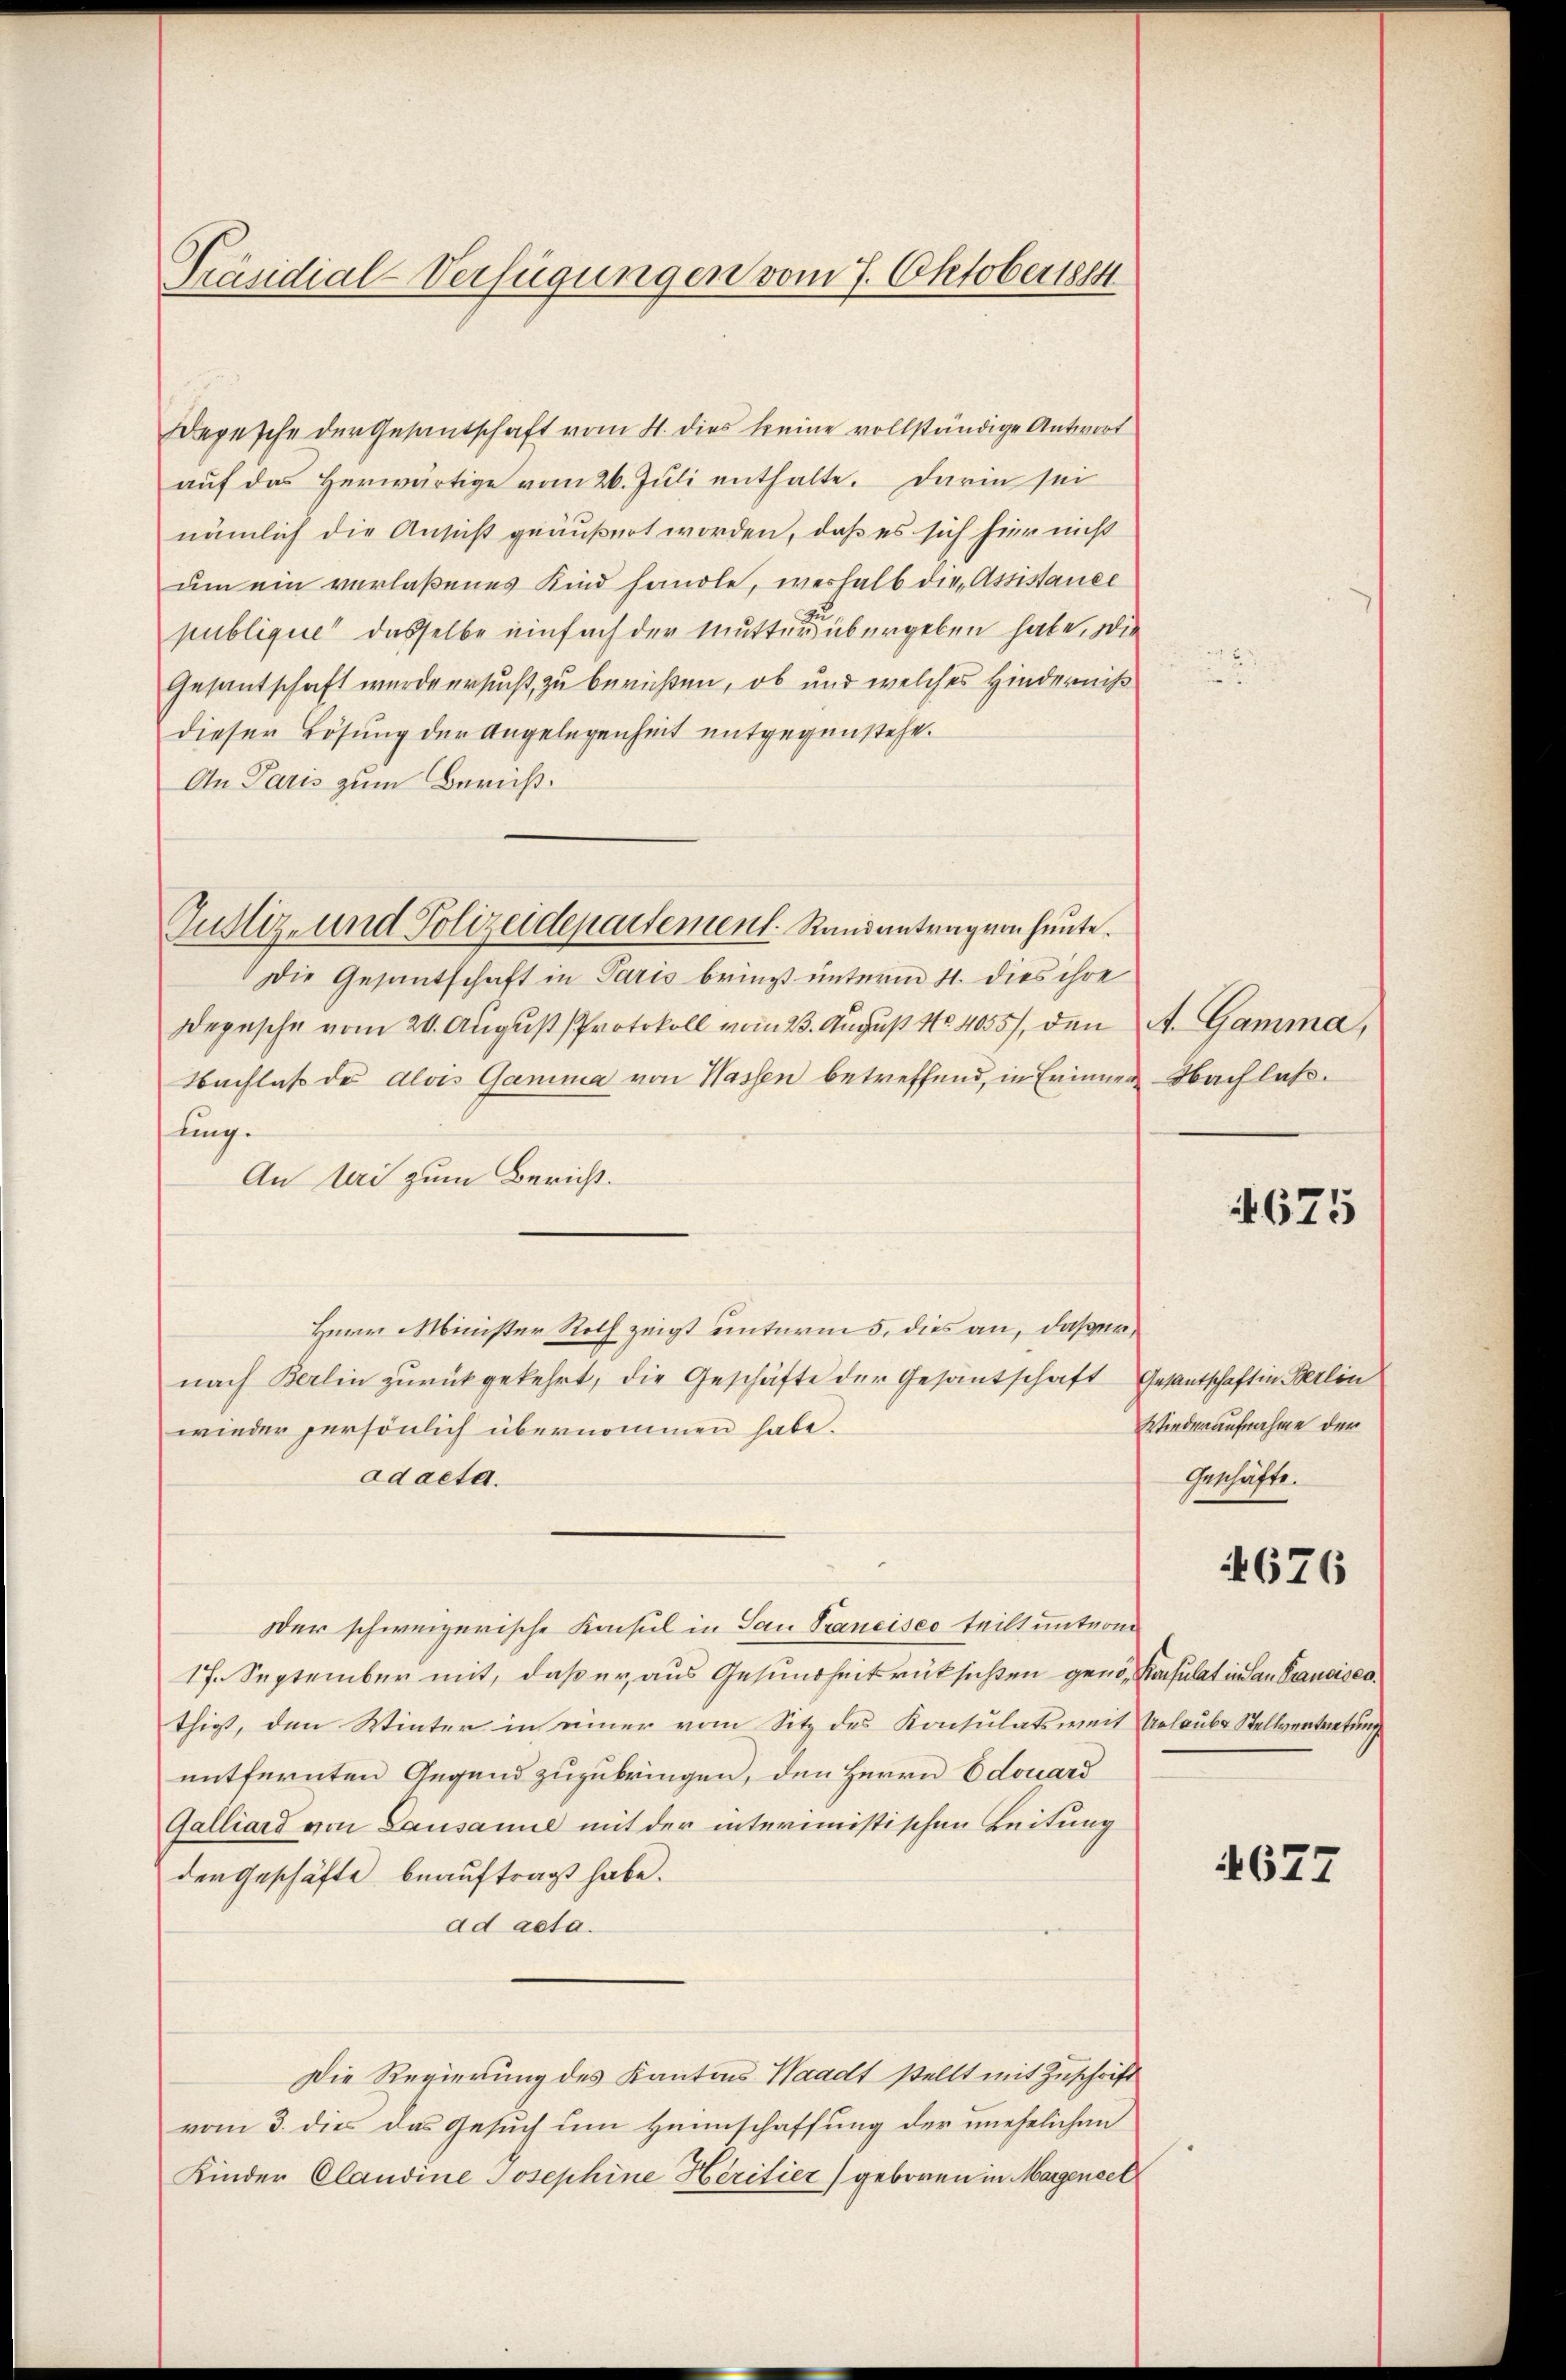
Präsidial-Verfügungen vom 7. Oktobertsch

Depesche der Gesandschaft vom 4. dies keine vollständige Antwort
aŭf das herwärtige vom 26. Juli enthalte. Darin sei
nämlich die Ansicht geäußert worden, daß es sich hier nicht
um ein verlaßenes Kind handle, weshalb die Assistance
publique dasselbe einfach der Mutters übergeben habe, die
Gesantschaft wurde ersucht, zu beruhen, ob und welches Hinderniß
dieser Lösung der Angelegenheit entgegenstehe.
An Paris zum Beruht.
Die Gesantschaft in Paris bringt unterm 11. dies ihre
Depesche vom 20. August Protokoll vom 23. August No 4055), den A. Gamma,
Nachlass des Alois Ganima von Wassen betreffend, in Erinner Nachlaßfling.
An bei zum Bericht.
Herr Minister Roth zeigt unterm 5. dies an, daßer,
nach Berlin zŭrückgekehrt, die Geschäfte der Gesantschaft Gesantschaft in Berlin
wieder persönlich übernommen habe.
ad acta.
Der schweizerische Konsul in San Sancisco teilt unterm
17. September mit, daß er, aus Gesundheitsrücksichten genos Konsulat in San Francisco
thigt, den Winter in einer vom Sitz des Konsulatsweit Urlaubes Stellvertretung
entfernten Gegend zuzubringen, den Herrn Edouard
Galliard von Lausanne mit der interimistischen Leitung
der Geschäfte beauftragt habe.
ad acta.
Die Regierung des Kantons Waadt stellt mit Zuschrift
vom 3. dies das Gesuch um Heimschaffung der unehelichen
Kinder Claudine Josephine Héritier) geboren in Margensel

Gustiz- und Polizeidepartement. Randantrag von heute.

Wiederaufnahme der
Geschäfte.

4675

4676

677